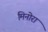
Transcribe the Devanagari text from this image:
मिनोरा